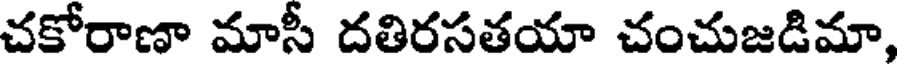
చకోరాణా మాసీ దతిరసతయా చంచుజడిమా,